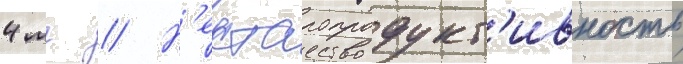
4 мг // Н'ектаропродукт'ивность